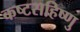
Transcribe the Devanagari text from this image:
कष्टसहिष्णु